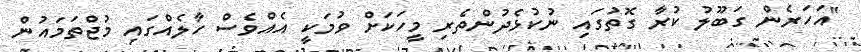
"އަހަރެން ގަބޫލު ކުރާ ގޮތުގައި ނުކުޅެދުންތެރި މީހަކަށް ވުމަކީ އެއްވެސް ހާލެއްގައި މުޖްތަމައުން